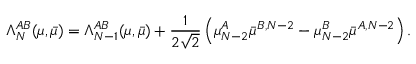
\Lambda _ { N } ^ { A B } ( \mu , \bar { \mu } ) = \Lambda _ { N - 1 } ^ { A B } ( \mu , \bar { \mu } ) + \frac { 1 } { 2 \sqrt { 2 } } \left( \mu _ { N - 2 } ^ { A } \bar { \mu } ^ { B , N - 2 } - \mu _ { N - 2 } ^ { B } \bar { \mu } ^ { A , N - 2 } \right) .